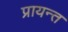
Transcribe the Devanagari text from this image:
प्रायन्त